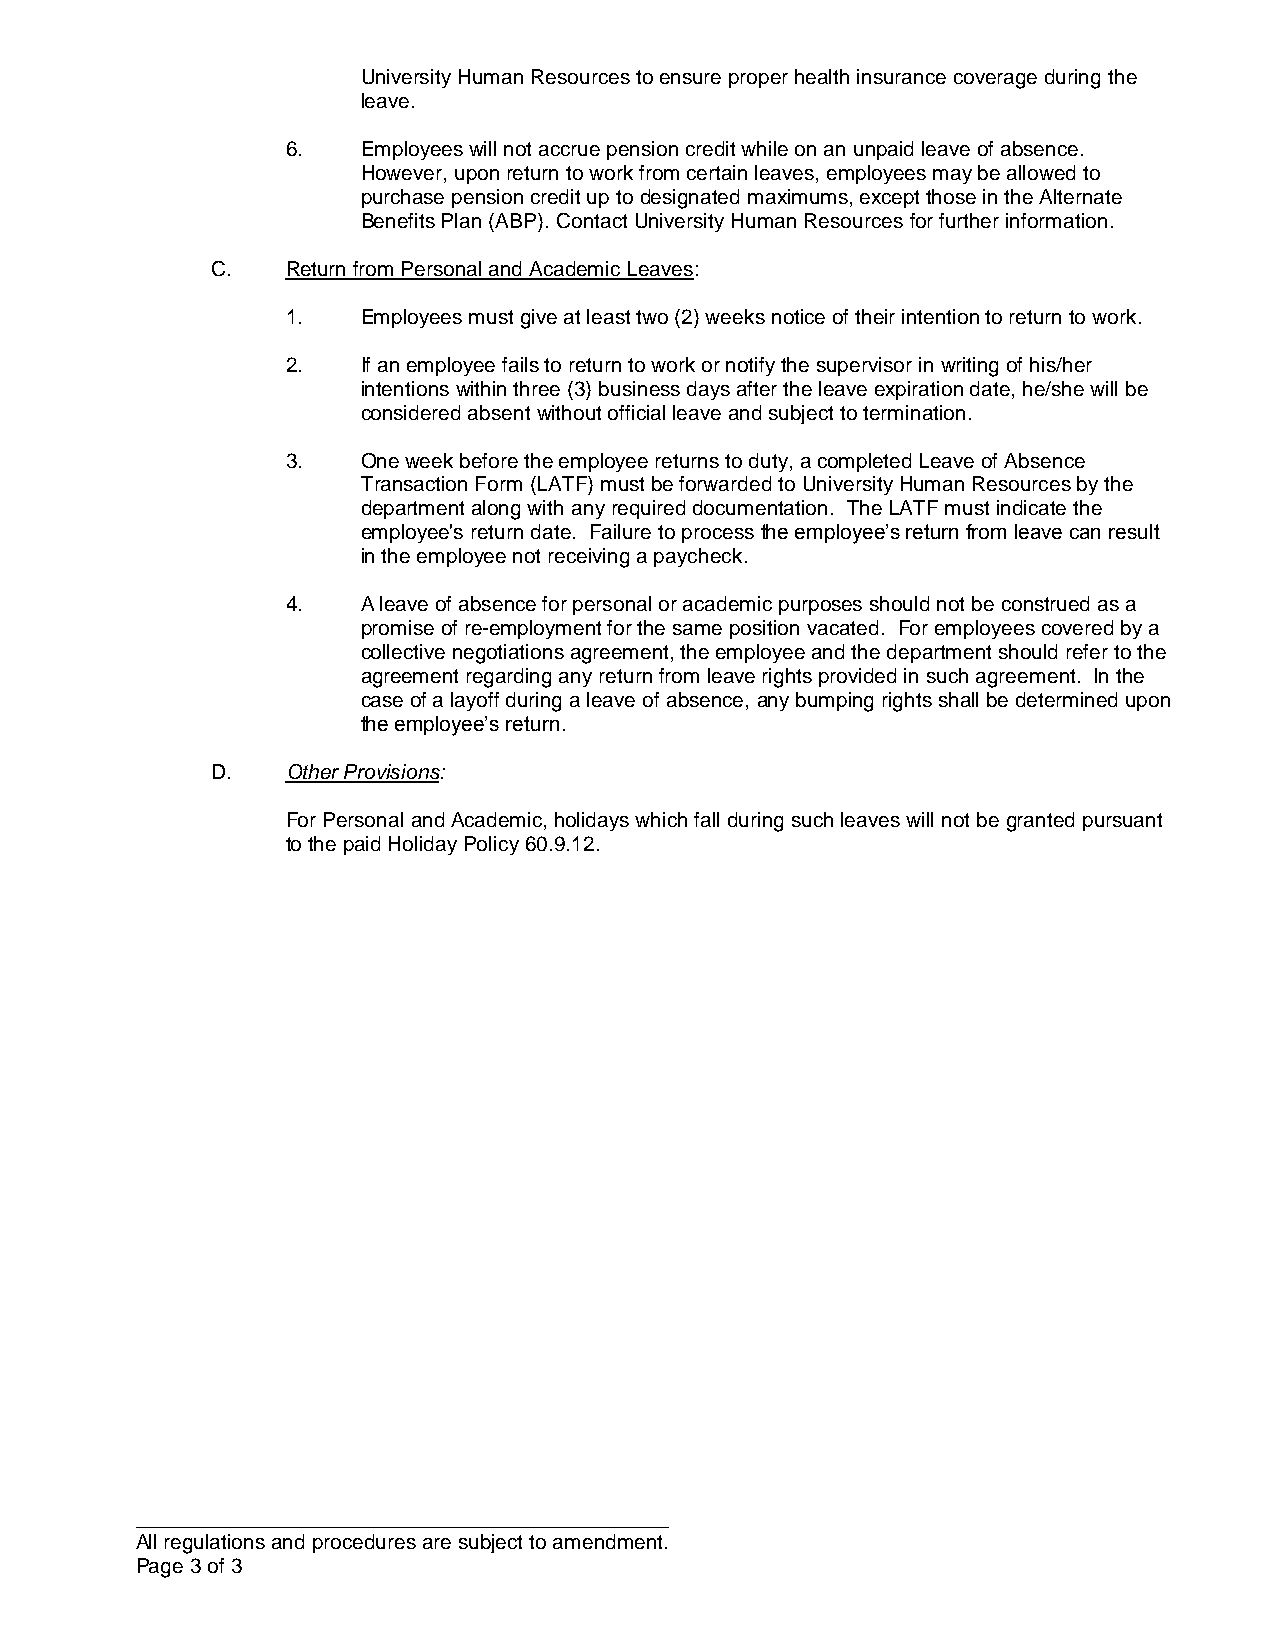
University Human Resources to ensure proper health insurance coverage during the
 leave.
 6.   Employees will not accrue pension credit while on an unpaid leave of absence.
 However, upon return to work from certain leaves, employees may be allowed to
 purchase pension credit up to designated maximums, except those in the Alternate
 Benefits Plan (ABP). Contact University Human Resources for further information.
 C.   Return from Personal and Academic Leaves:
 1.   Employees must give at least two (2) weeks notice of their intention to return to work.
 2.   If an employee fails to return to work or notify the supervisor in writing of his/her
 intentions within three (3) business days after the leave expiration date, he/she will be
 considered absent without official leave and subject to termination.
 3.   One week before the employee returns to duty, a completed Leave of Absence
 Transaction Form (LATF) must be forwarded to University Human Resources by the
 department along with any required documentation. The LATF must indicate the
 employee's return date. Failure to process the employee’s return from leave can result
 in the employee not receiving a paycheck.
 4.   A leave of absence for personal or academic purposes should not be construed as a
 promise of re-employment for the same position vacated. For employees covered by a
 collective negotiations agreement, the employee and the department should refer to the
 agreement regarding any return from leave rights provided in such agreement. In the
 case of a layoff during a leave of absence, any bumping rights shall be determined upon
 the employee’s return.
 D.   Other Provisions:
 For Personal and Academic, holidays which fall during such leaves will not be granted pursuant
 to the paid Holiday Policy 60.9.12.
 ______________________________________________
 All regulations and procedures are subject to amendment.
 Page 3 of 3